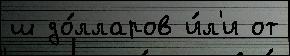
ш до́лларов и́л'и от